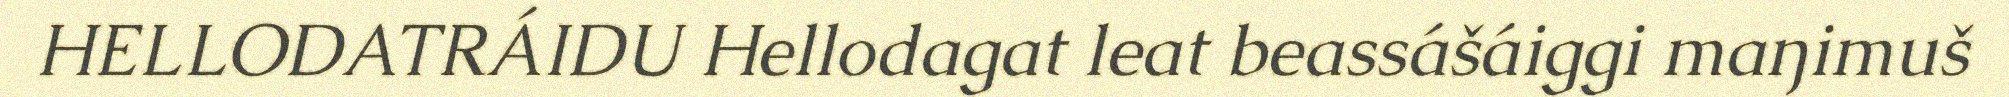
HELLODATRÁIDU Hellodagat leat beassášáiggi maŋimuš